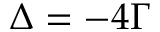
\Delta = - 4 \Gamma